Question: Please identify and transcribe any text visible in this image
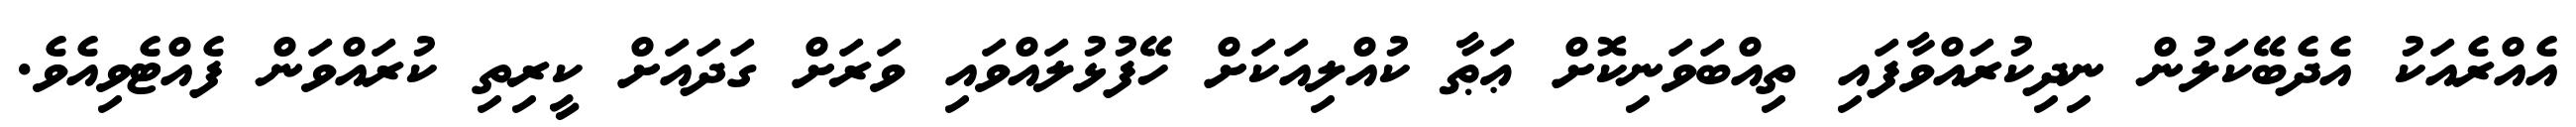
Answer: އެއްރެއަކު އެދެބޭކަލުން ނިދިކުރައްވާފައި ތިއްބަވަނިކޮށް ޢަޠާ ކުއްލިއަކަށް ހޭފުޅުލައްވައި ވަރަށް ގަދައަށް ކީރިތި ކުރައްވަން ފެއްޓެވިއެވެ.